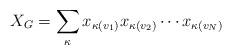
LaTeX: \begin{align*}X_G=\sum_{\kappa} x_{\kappa(v_1)} x_{\kappa(v_2)}\cdots x_{\kappa(v_{N})}\end{align*}